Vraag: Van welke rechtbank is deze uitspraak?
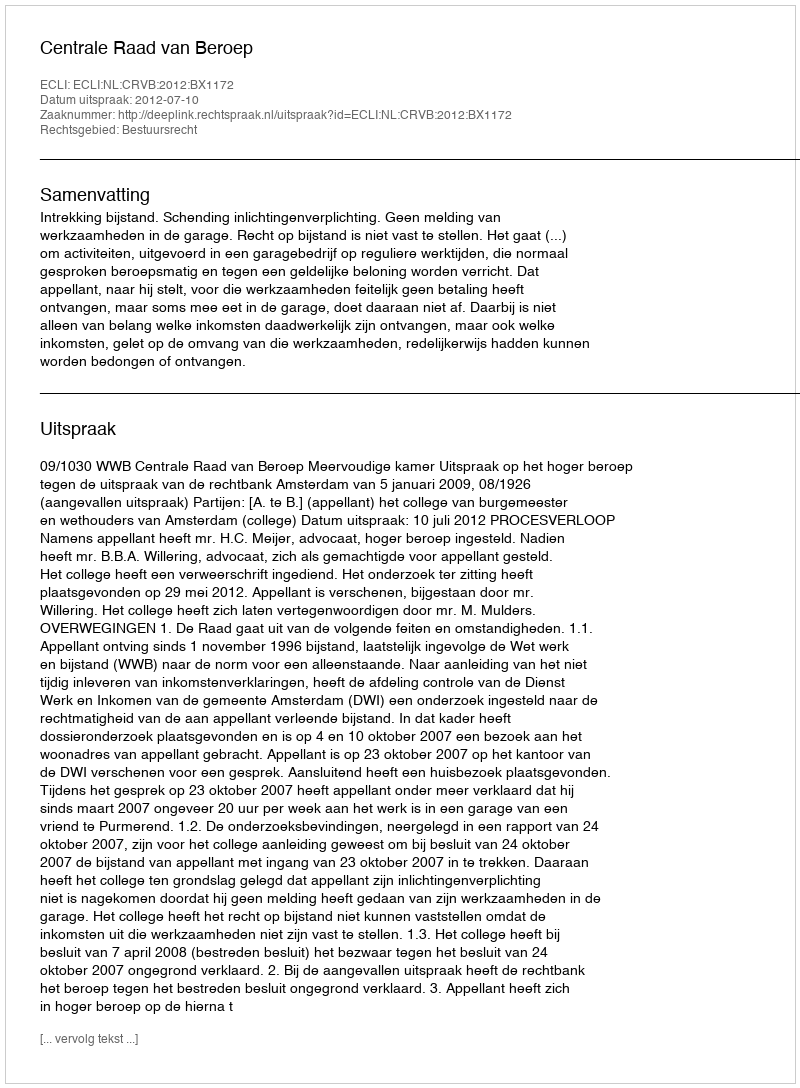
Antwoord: Centrale Raad van Beroep